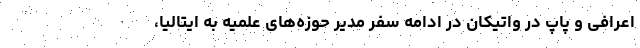
اعرافی و پاپ در واتیکان در ادامه سفر مدیر حوزه‌های علمیه به ایتالیا،